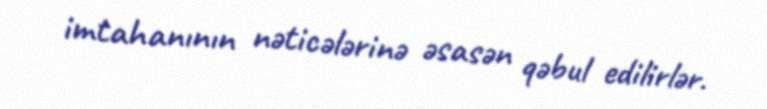
imtahanının nəticələrinə əsasən qəbul edilirlər.